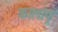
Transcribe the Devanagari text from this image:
कालांपू